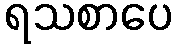
ရသစာပေ